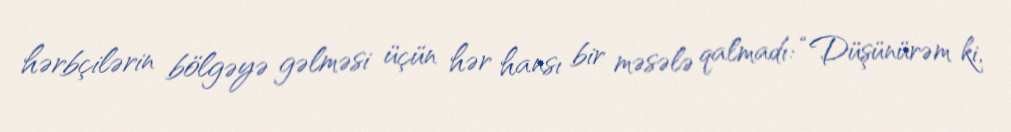
hərbçilərin bölgəyə gəlməsi üçün hər hansı bir məsələ qalmadı: “Düşünürəm ki,